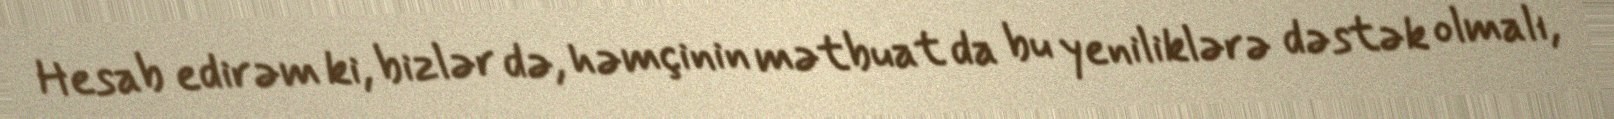
Hesab edirəm ki, bizlər də, həmçinin mətbuat da bu yeniliklərə dəstək olmalı,